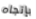
بإتجاه